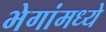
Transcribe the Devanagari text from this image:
भेगांमध्ये